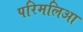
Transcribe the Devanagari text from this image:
परिमलिआ